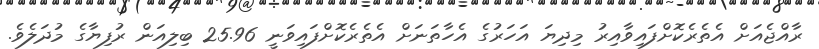
ރާއްޖެއަށް އެތެރެކޮށްފައިވާއިރު މިދިޔަ އަހަރުގެ އެހާތަނަށް އެތެރެކޮށްފައިވަނީ 25.96 ބިލިއަން ރުފިޔާގެ މުދަލެވެ.